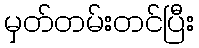
မှတ်တမ်းတင်ပြီး